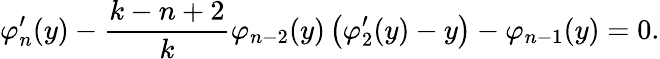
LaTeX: \varphi_{n}^{\prime}(y)-\frac{k-n+2}{k}\varphi_{n-2}(y)\left(\varphi_{2}^{\prime}(y)-y\right)-\varphi_{n-1}(y)=0.